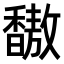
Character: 𫘀